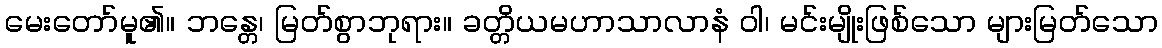
မေးတော်မူ၏။ ဘန္တေ၊ မြတ်စွာဘုရား။ ခတ္တိယမဟာသာလာနံ ဝါ၊ မင်းမျိုးဖြစ်သော များမြတ်သော